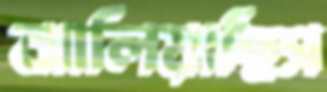
ঝালিয়াছিস